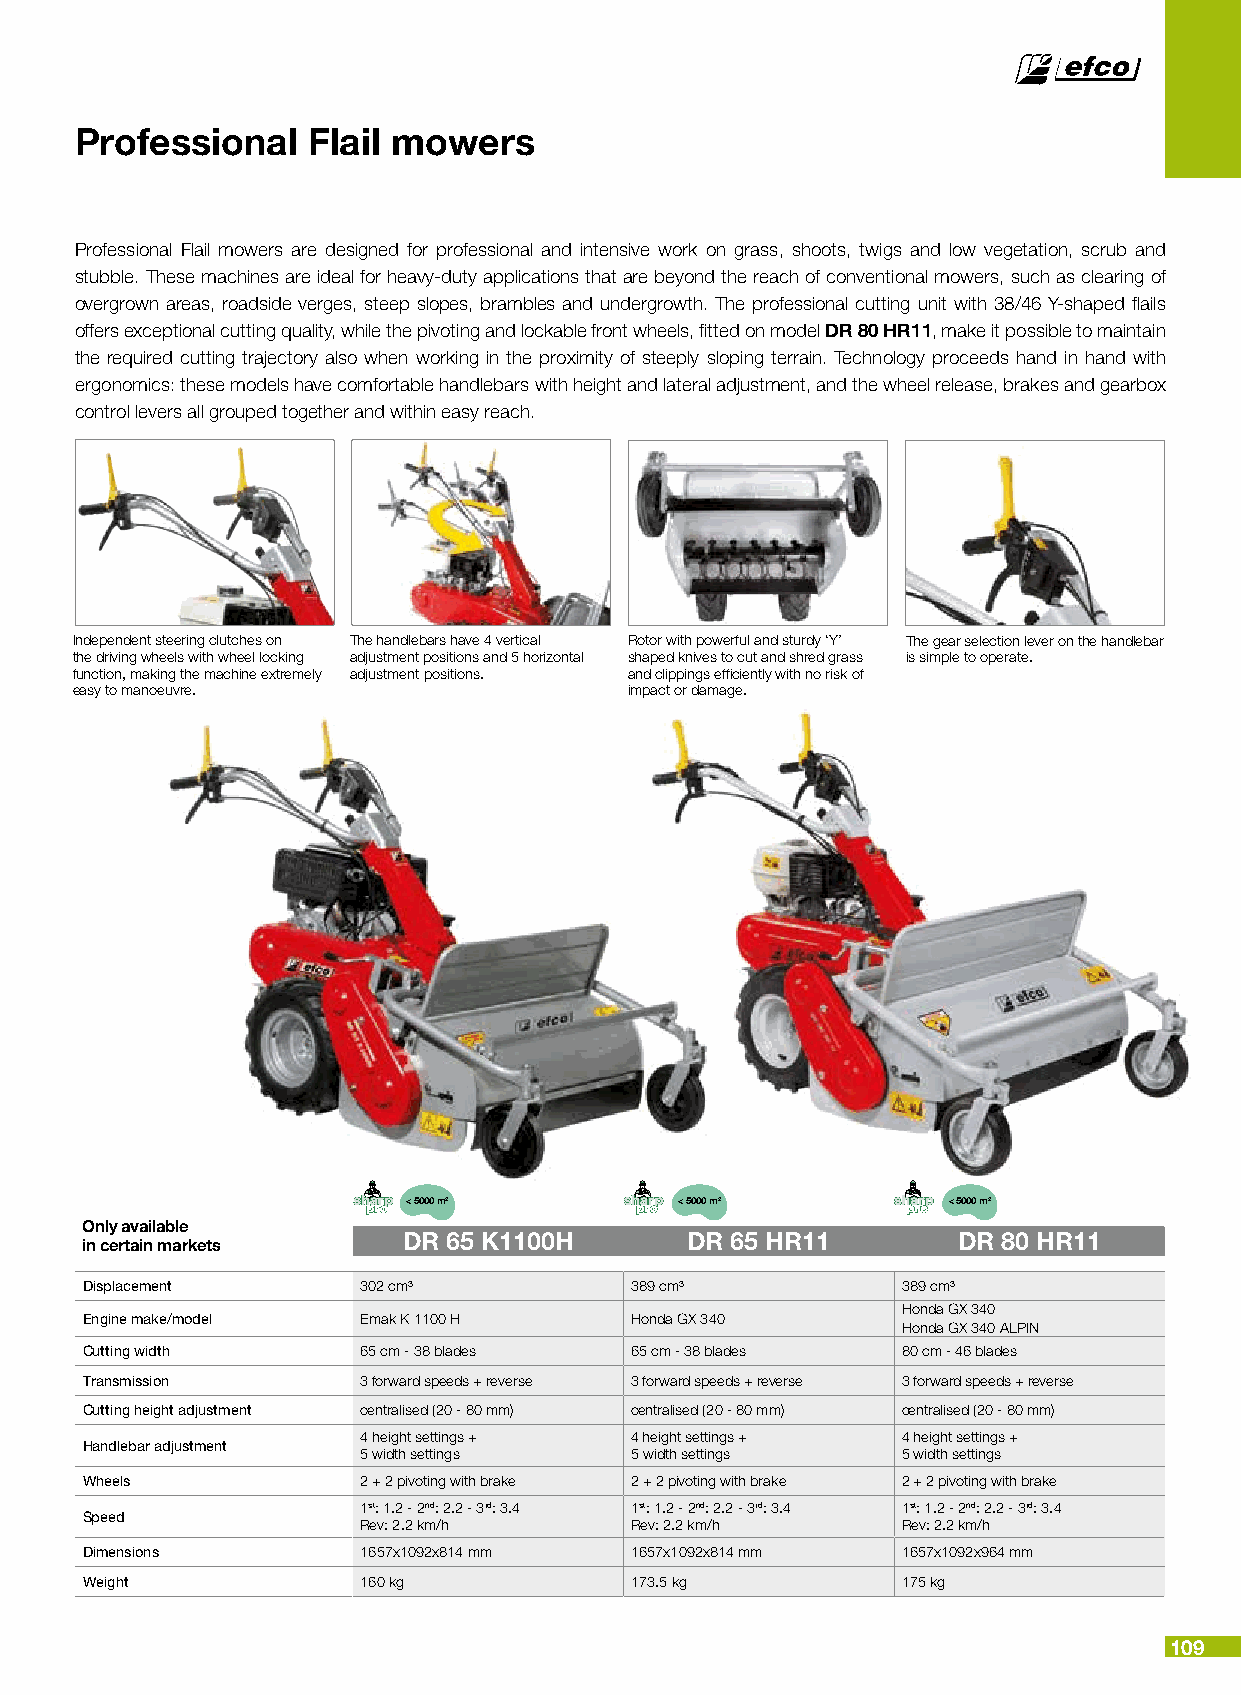
Professional   Flail mowers
 Professional Flail mowers are designed for professional and intensive work on grass, shoots, twigs and low vegetation, scrub and
 stubble. These machines are ideal for heavy-duty applications that are beyond the reach of conventional mowers, such as clearing of
 overgrown areas, roadside verges, steep slopes, brambles and undergrowth. The professional cutting unit with 38/46 Y-shaped flails
 offers exceptional cutting quality, while the pivoting and lockable front wheels, fitted on model DR 80 HR11, make it possible to maintain
 the required cutting trajectory also when working in the proximity of steeply sloping terrain. Technology proceeds hand in hand with
 ergonomics: these models have comfortable handlebars with height and lateral adjustment, and the wheel release, brakes and gearbox
 control levers all grouped together and within easy reach.
 Independent steering clutches on The handlebars have 4 vertical Rotor with powerful and sturdy ‘Y’ The gear selection lever on the handlebar
 the driving wheels with wheel locking adjustment positions and 5 horizontal shaped knives to cut and shred grass is simple to operate.
 function, making the machine extremely adjustment positions. and clippings efficiently with no risk of
 easy to manoeuvre.                   impact or damage.
 < 5000 m2         < 5000 m2         < 5000 m2
 Only available
 DR 65 K1100H      DR 65 HR11        DR 80 HR11
 in certain markets
 Displacement       302 cm³           389 cm³           389 cm³
 Honda GX 340
 Engine make/model  Emak K 1100 H     Honda GX 340
 Honda GX 340 ALPIN
 Cutting width      65 cm - 38 blades 65 cm - 38 blades 80 cm - 46 blades
 Transmission       3 forward speeds + reverse 3 forward speeds + reverse 3 forward speeds + reverse
 Cutting height adjustment centralised (20 - 80 mm) centralised (20 - 80 mm) centralised (20 - 80 mm)
 4 height settings + 4 height settings + 4 height settings +
 Handlebar adjustment
 5 width settings  5 width settings  5 width settings
 Wheels             2 + 2 pivoting with brake 2 + 2 pivoting with brake 2 + 2 pivoting with brake
 1st: 1.2 - 2nd: 2.2 - 3rd: 3.4 1st: 1.2 - 2nd: 2.2 - 3rd: 3.4 1st: 1.2 - 2nd: 2.2 - 3rd: 3.4
 Speed
 Rev: 2.2 km/h     Rev: 2.2 km/h     Rev: 2.2 km/h
 Dimensions         1657x1092x814 mm  1657x1092x814 mm  1657x1092x964 mm
 Weight             160 kg            173.5 kg          175 kg
 109